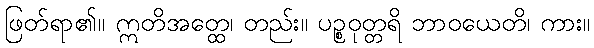
ဖြတ်ရာ၏။ ဣတိအတ္ထေ၊ တည်း။ ပဉ္စဝုတ္တရိ ဘာဝယေတိ၊ ကား။